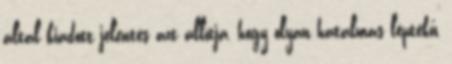
által kiadott jelentés azt állítja, hogy olyan hatalmas léptékű,